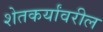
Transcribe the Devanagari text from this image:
शेतकर्यांवरील